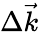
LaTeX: \Delta\vec{k}